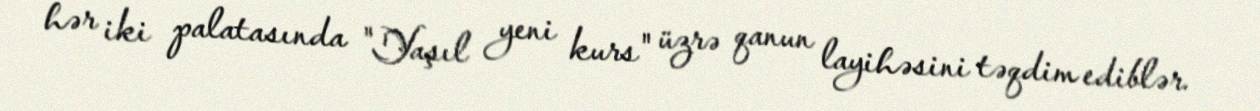
hər iki palatasında "Yaşıl yeni kurs" üzrə qanun layihəsini təqdim ediblər.